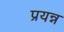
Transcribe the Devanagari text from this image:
प्रयन्न